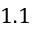
1 . 1